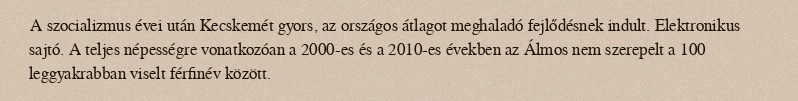
A szocializmus évei után Kecskemét gyors, az országos átlagot meghaladó fejlődésnek indult. Elektronikus sajtó. A teljes népességre vonatkozóan a 2000-es és a 2010-es években az Álmos nem szerepelt a 100 leggyakrabban viselt férfinév között.